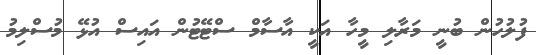
ފުލުހުން ބުނީ މަރާލި މީހާ އަކީ އާސާމް ސްޓޭޓުން އައިސް އުޅޭ މުސްލިމު